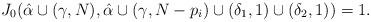
LaTeX: \begin{align*} J_{0}(\hat{\alpha}\cup{(\gamma,N)},\hat{\alpha}\cup{(\gamma,N-p_{i})}\cup{(\delta_{1},1)}\cup{(\delta_{2},1)})=1.\end{align*}